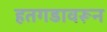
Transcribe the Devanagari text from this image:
हतगडावरून